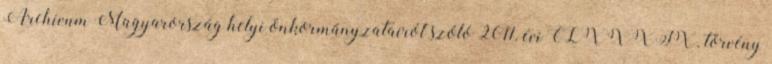
Archívum Magyarország helyi önkormányzatairól szóló 2011. évi CLXXXIX. törvény